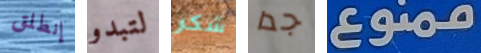
إنطلق لتبدو شكر جدا ممنوع